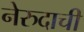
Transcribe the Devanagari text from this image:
नेरुदाची